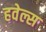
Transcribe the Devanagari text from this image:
हवेल्स